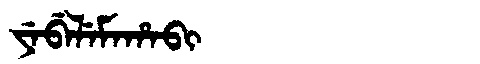
Manchu: ᠶᡝᠪᡝᠯᡝᠮᠠᡥᠠᠪᡳ
Romanization: YEBELEMAHABI